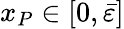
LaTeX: x_{P}\in[0,\bar{\varepsilon}]